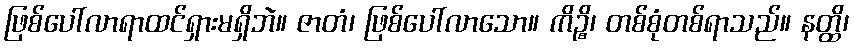
ဖြစ်ပေါ်လာရာထင်ရှားမရှိဘဲ။ ဇာတံ၊ ဖြစ်ပေါ်လာသော။ ကိဉ္စိ၊ တစ်စုံတစ်ရာသည်။ နတ္ထိ၊